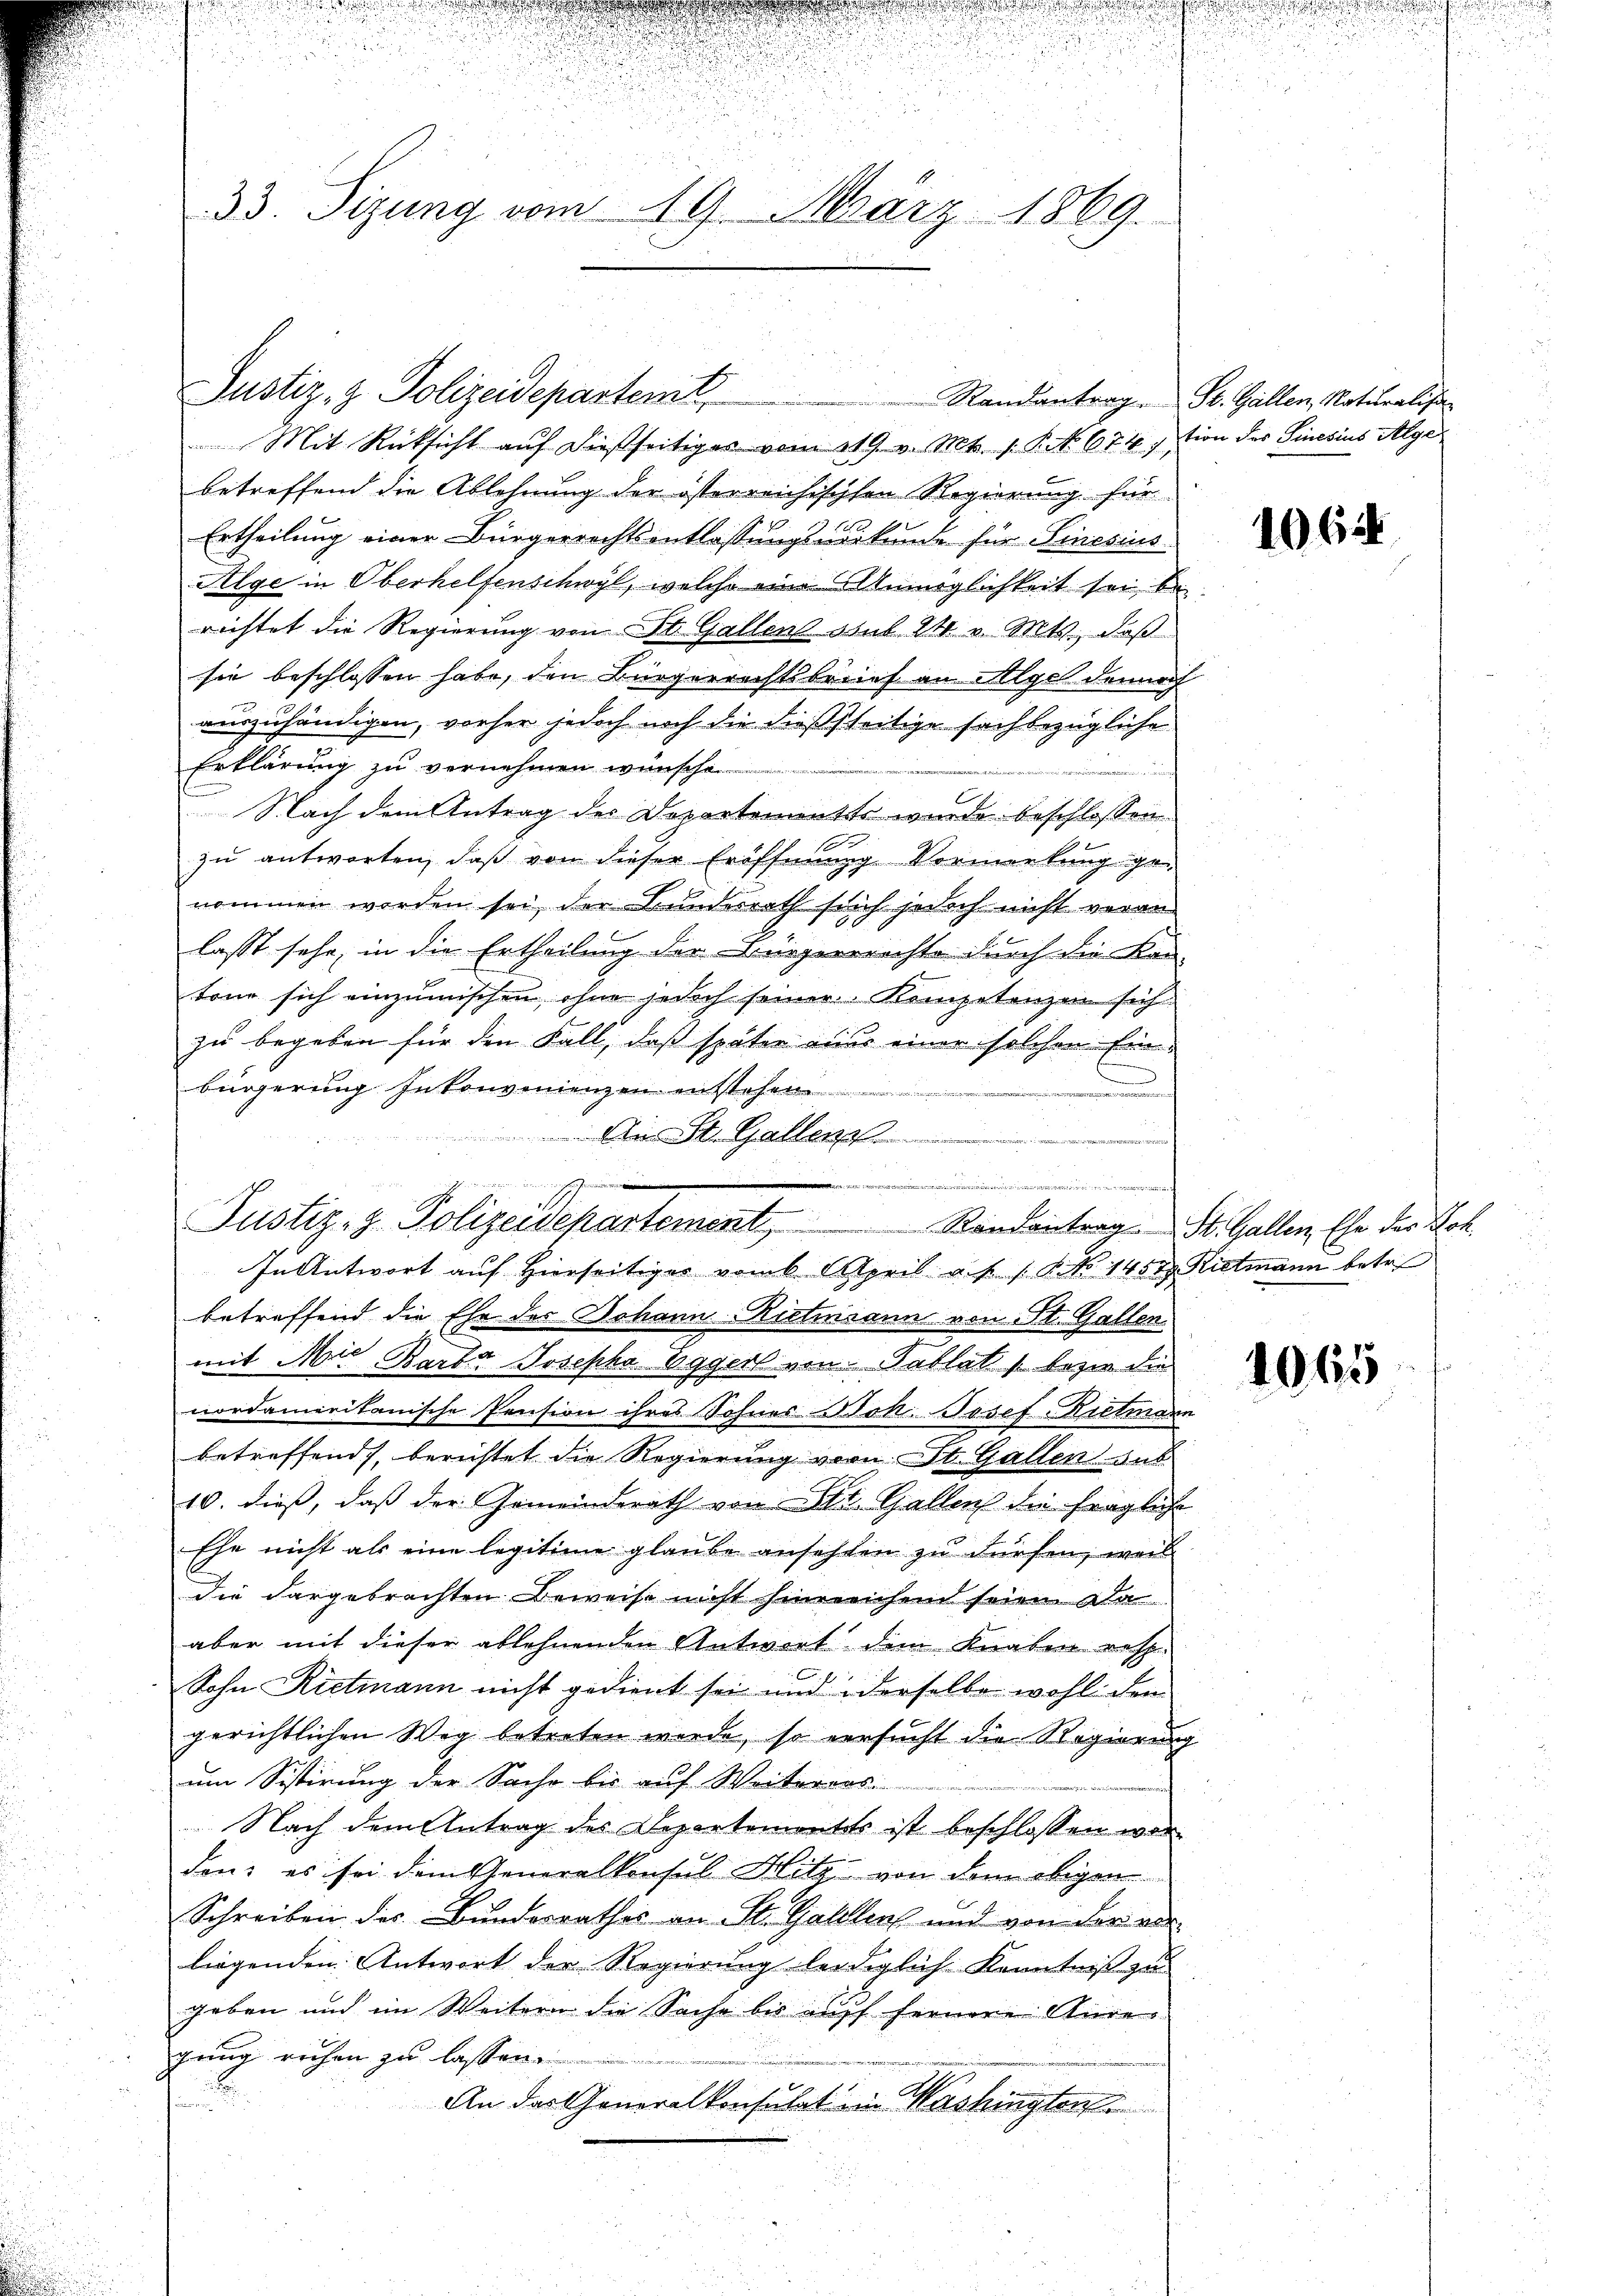
.

d
u
33. Sizung vom 19. März 1869.

Justiz- & Polizeidepartemt

Justiz- & Polizeidepartement, Randantrag St. Gallen, Ehe des Lok

3

Mit Rücksicht auf dießseitiges vom 219. v. Mts. s. P. NNo. 674 ition der Sinesius Alge
betreffend die Ablehnung der österreichischen Regierung für
Ertheilung einer Bürgerrechtsentlassungsurkunde für Sinesius
Alge in Oberhelfenschwyl, welche ein Allmöglichkeit sei, be
richtet die Regierung von St. Gallens abul 24 v. Mts., daß
sie beschlossen habe, den Bürgerrechtsbrief an Alge dennoch
auszuhändigen, vorher jedoch noch die dießseitige sachbezügliche
Erklärung zu vernehmen wünsche

Nach dem Antrag des Departenantte wurde beschlossen
zu antworten, daß von dieser Eröffnung Vormerkung ge-
nommen worden sei, der Bundesrath sich jedoch nicht veran-
lasst sehr, in die Ertheilung der Bürgerrrichte durch die Kan-
tone sich einzumischen, ohne jedoch seiner Kompetenzen sich
zu begeben für den Fall, daß später ener einer solchen Ein
bürgerung Inkonvenienzen entstehen
nerinneren
i St. Gallen ...............................
e
d
In Antwort auf hierseitiger vom 6. April a. p. 1. P. No 1457. Rittmann betr.
betreffend die Ehe des Johann Rietinsann von St. Gallen
mit Mir Barbar Josepha Eggerl von Tablat, bezien die
nordameitanische Pension ihres Sohnes Boh. Josef-Riehmann
betreffend, berichtet die Regierung vom St. Gallen aus
10. dieß, daß der Gemeinderath von St. Gallen die fragliche
Ehe nicht als eine legitime glaube ansehten zu dürfen, weil
die dargebrachten Beweise nicht hinreichen seien Ka
aber mit dieser ablehnenden Antwort dem Knaben resp.
Sohn Rietmann nicht gedient sei und derselbe wohl den
gerichtlichen Weg betreten werde, so versucht die Regierung
um Sistirung der Sache bis auf Weiterens
Nach dem Antrag des Departemente ist beschlossen wor
den; es sei dem Generalkonsul Hitz von dem eigen
Schreiben des Bunderrathes an St. Gallers und von der au
liegenden Antwort der Regierung leidiglich Kenntniß zu
geben und im Weitern die Sache bis auf fernere Anre
gung rechen zu lassen.
d
An das Generalkonsulat ein Mashingten

Randantrag. St. Gallen, Naturalisa¬

1062

.

1065